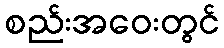
စည်းအဝေးတွင်